Vaccination in Burma 1889-1999 - 1889-1999
Year: 1889
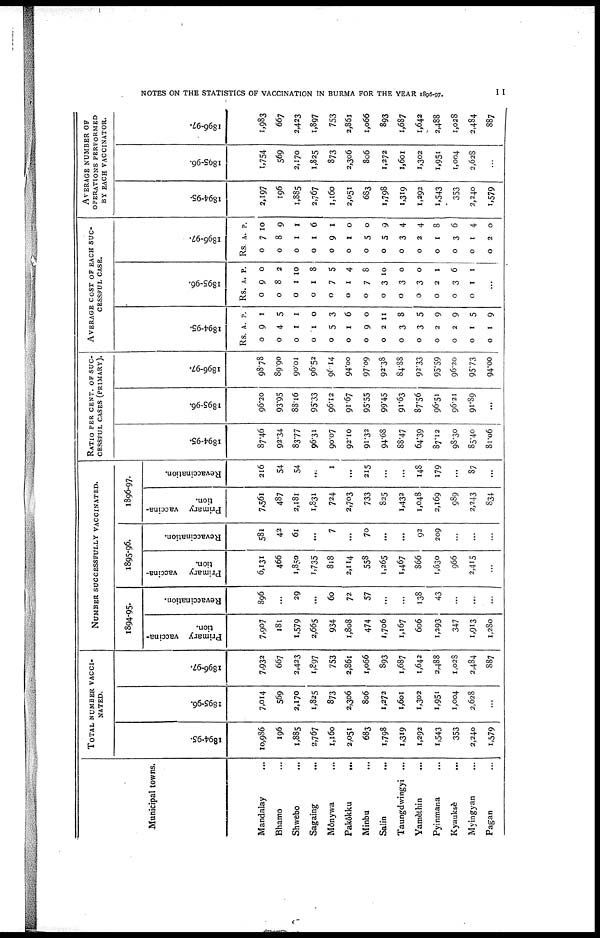
NOTES ON THE STATISTICS OF VACCINATION IN BURMA FOR THE YEAR 1896-97.
11
Municipal towns.
Mandalay ...
Bhamo ...
Shwebo ...
Sagaing ...
Mônywa ...
Pakôkku ...
Minbu ...
Salin
...
Taungdwingyi ...
Yamèthin ...
Pyinmana ...
Kyauksè
...
Myingyan ...
Pagan ...
TOTAL NUMBER VACCI-
NATED.
1894-95.
10,986
196
1,885
2,767
1,160
2,051
683
1,798
1,319
1,292
1,543
353
2,240
1,579
1895-96.
7,014
569
2,170
1,825
873
2,306
806
1,272
1,601
1,302
1,951
1,004
2,628
...
1896-97.
7,932
667
3,423
1,897
753
2,861
1,066
893
1,687
1,642
2,488
1,028
2,484
887
NUMBER SUCCESSFULLY VACCINATED.
1894-95.
Primary vaccina-
tion.
7,907
181
1,579
2,665
934
1,808
474
1,706
1,167
606
1,293
347
1,913
1,280
Revaccination.
896
...
29
...
60
72
57
...
...
138
43
...
...
...
1895-96.
Primary vaccina-
tion.
6,131
466
1,850
1,735
818
2,114
558
1,265
1,467
866
1,630
966
2,415
...
Revaccination.
581
42
61
...
7
...
70
...
...
92
209
...
...
...
1896-97.
Primary vaccina-
tion.
7,561
487
2,181
1,831
724
2,703
733
825
1,432
1,048
2,169
989
2,243
834
Revaccination.
216
54
54
...
1
...
215
...
...
148
179
...
87
...
RATIO PER CENT. OF SUC-
CESSFUL CASES (PRIMARY).
1894-95.
87.46
92.34
83.77
96.31
90.07
92.10
91.32
94.68
88.47
64.39
87.12
98.30
85.40
81.06
1895-96.
96.20
93.95
88.16
95.33
96.12
91.67
95.55
99.45
91.63
87.56
96.51
96.21
91.89
...
1896-97.
98.78
89.90
90.01
96.52
96.14
94.00
97.09
92.38
84.88
92.33
95.59
96.20
95.73
94.00
AVERAGE COST OF EACH SUC-
CESSFUL CASE.
1894-95.
Rs.
0
0
0
0
0
0
0
0
0
0
0
0
0
0
A.
9
4
1
1
5
1
9
2
3
3
2
2
1
1
P.
1
5
1
0
3
6
0
11
8
5
9
9
5
9
1895-96.
Rs.
0
0
0
0
0
0
0
0
0
0
0
0
0
A.
9
8
1
1
7
1
7
3
3
3
2
3
1
P.
0
2
10
8
5
4
8
10
0
0
1
6
1
...
1896-97.
Rs
0
0
0
0
0
0
0
0
0
0
0
0
0
0
A.
7
8
1
1
9
1
5
5
3
2
1
3
1
2
P.
10
9
1
6
1
0
0
9
4
4
8
6
4
0
AVERAGE NUMBER OF
OPERATIONS PERFORMED
BY EACH VACCINATOR.
1894-95.
2,197
196
1,885
2,767
1,160
2,051
683
1,798
1,319
1,292
1,543
353
2,240
1,579
1895-96.
1,754
569
2,170
1,825
873
2,306
806
1,272
1,601
1,302
1,951
1,004
2,628
...
1896-97.
1,983
667
2,423
1,897
753
2,861
1,066
893
1,687
1,642
2,488
1,028
2,484
887